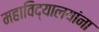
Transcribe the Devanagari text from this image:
महाविद्यालयांना